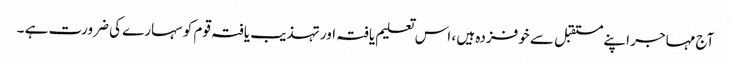
آج مہاجر اپنے مستقبل سے خوفزدہ ہیں ، اس تعلیم یافتہ اور تہذیب یافتہ قوم کو سہارے کی ضرورت ہے ۔